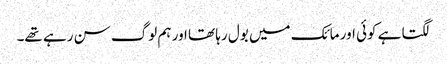
لگتا ہے کوئی اور مائک میں بول رہا تھا اور ہم لوگ سن رہے تھے۔